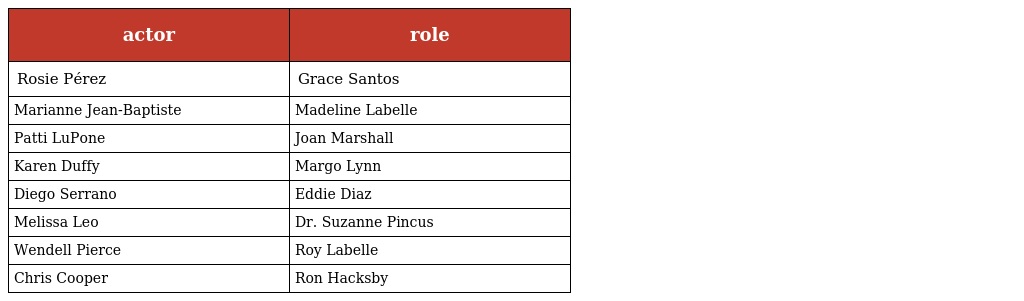
| actor | role |
 | --- | --- |
 | Rosie Pérez | Grace Santos |
 | Marianne Jean-Baptiste | Madeline Labelle |
 | Patti LuPone | Joan Marshall |
 | Karen Duffy | Margo Lynn |
 | Diego Serrano | Eddie Diaz |
 | Melissa Leo | Dr. Suzanne Pincus |
 | Wendell Pierce | Roy Labelle |
 | Chris Cooper | Ron Hacksby |